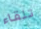
تلقاء